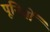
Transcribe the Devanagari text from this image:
पूनियों